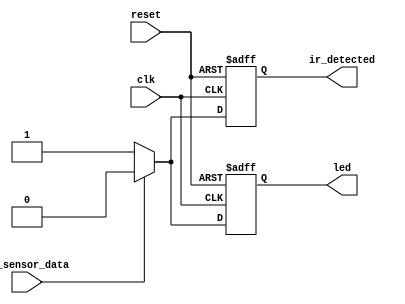
module ir (
  input wire clk,
  input wire reset,
  input wire ir_sensor_data,
  output reg ir_detected,
  output reg led
  );


  always @(posedge clk or posedge reset) begin
    if (reset==1) begin
      ir_detected <= 0;
		led <= 0;
    end
    else begin
      if (ir_sensor_data==0) begin
        ir_detected <= 1;
		  led <= 1;
    end
	 else begin
		  ir_detected<=0;
		 led<=0;
	 end
	 end
  end
  

endmodule